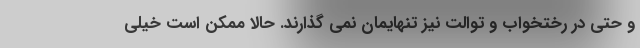
و حتی در رختخواب و توالت نیز تنهایمان نمی گذارند. حالا ممکن است خیلی